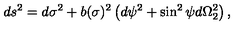
d s ^ { 2 } = d \sigma ^ { 2 } + b ( \sigma ) ^ { 2 } \left( d \psi ^ { 2 } + \sin ^ { 2 } \psi d \Omega _ { 2 } ^ { 2 } \right) ,